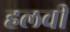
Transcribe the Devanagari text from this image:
हलवी